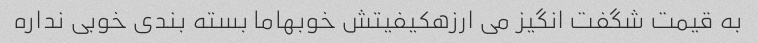
به قیمت شگفت انگیز می ارزهکیفیتش خوبهاما بسته بندی خوبی نداره